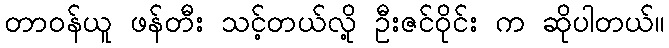
တာဝန်ယူ ဖန်တီး သင့်တယ်လို့ ဦးဇင်ဝိုင်း က ဆိုပါတယ်။